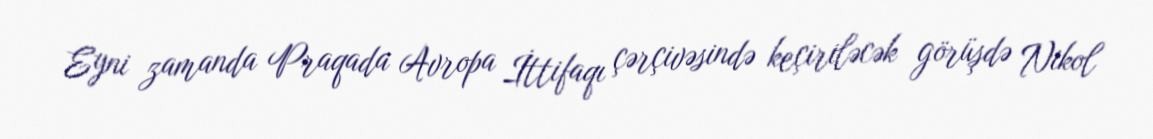
Eyni zamanda Praqada Avropa İttifaqı çərçivəsində keçiriləcək görüşdə Nikol